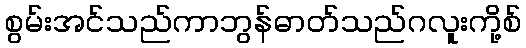
စွမ်းအင်သည်ကာဘွန်ဓာတ်သည်ဂလူးကို့စ်